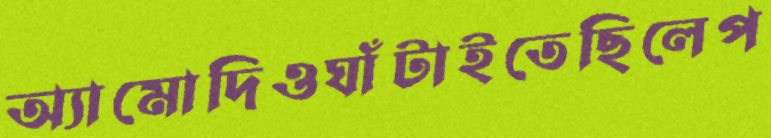
অ্যামোদিওঘাঁটাইতেছিলেপ